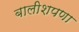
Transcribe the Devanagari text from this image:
बालीशपणा